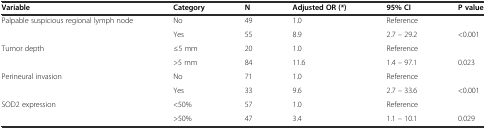
| Variable | Category | N | Adjusted OR (*) | 95% CI | P value |
 | --- | --- | --- | --- | --- | --- |
 | Palpable suspicious regional lymph node | No | 49 | 1.0 | Reference |  |
 |  | Yes | 55 | 8.9 | 2.7 – 29.2 | <0.001 |
 | Tumor depth | ≤5 mm | 20 | 1.0 | Reference |  |
 |  | >5 mm | 84 | 11.6 | 1.4 – 97.1 | 0.023 |
 | Perineural invasion | No | 71 | 1.0 | Reference |  |
 |  | Yes | 33 | 9.6 | 2.7 – 33.6 | <0.001 |
 | SOD2 expression | <50% | 57 | 1.0 | Reference |  |
 |  | >50% | 47 | 3.4 | 1.1 – 10.1 | 0.029 |